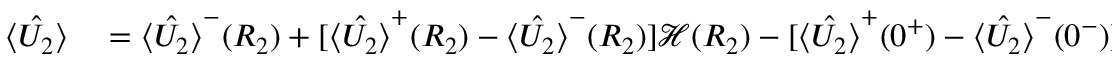
\begin{array} { r l } { \hat { \langle U _ { 2 } \rangle } } & { { } = \hat { \langle U _ { 2 } \rangle } ^ { - } ( R _ { 2 } ) + [ \hat { \langle U _ { 2 } \rangle } ^ { + } ( R _ { 2 } ) - \hat { \langle U _ { 2 } \rangle } ^ { - } ( R _ { 2 } ) ] \mathcal { H } ( R _ { 2 } ) - [ \hat { \langle U _ { 2 } \rangle } ^ { + } ( 0 ^ { + } ) - \hat { \langle U _ { 2 } \rangle } ^ { - } ( 0 ^ { - } ) ] . } \end{array}